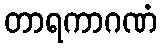
တာရကာဂဏံ